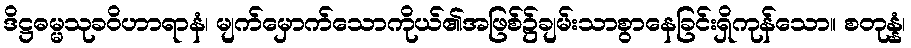
ဒိဋ္ဌဓမ္မသုခဝိဟာရာနံ၊ မျက်မှောက်သောကိုယ်၏အဖြစ်၌ချမ်းသာစွာနေခြင်းရှိကုန်သော။ စတုန္နံ၊